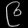
Digit: ၉